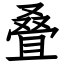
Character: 叠